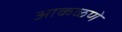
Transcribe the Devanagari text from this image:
आकळणे